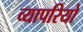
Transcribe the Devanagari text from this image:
व्यापरियो